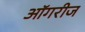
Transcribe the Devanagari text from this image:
ऑगरीज